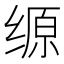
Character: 𰬲